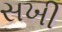
સખી